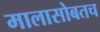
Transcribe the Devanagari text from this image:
मालासोबतच